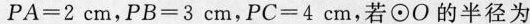
$$PA= 2 cm$$，$$PB= 3 cm$$，$$PC= 4 cm$$，若⊙O的半径为